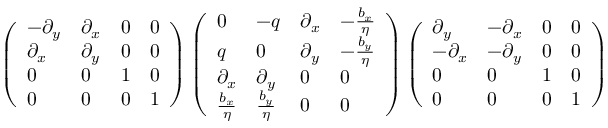
\left( \begin{array} { l l l l } { - \partial _ { y } } & { \partial _ { x } } & { 0 } & { 0 } \\ { \partial _ { x } } & { \partial _ { y } } & { 0 } & { 0 } \\ { 0 } & { 0 } & { 1 } & { 0 } \\ { 0 } & { 0 } & { 0 } & { 1 } \end{array} \right) \left( \begin{array} { l l l l } { 0 } & { - q } & { \partial _ { x } } & { - \frac { b _ { x } } { \eta } } \\ { q } & { 0 } & { \partial _ { y } } & { - \frac { b _ { y } } { \eta } } \\ { \partial _ { x } } & { \partial _ { y } } & { 0 } & { 0 } \\ { \frac { b _ { x } } { \eta } } & { \frac { b _ { y } } { \eta } } & { 0 } & { 0 } \end{array} \right) \left( \begin{array} { l l l l } { \partial _ { y } } & { - \partial _ { x } } & { 0 } & { 0 } \\ { - \partial _ { x } } & { - \partial _ { y } } & { 0 } & { 0 } \\ { 0 } & { 0 } & { 1 } & { 0 } \\ { 0 } & { 0 } & { 0 } & { 1 } \end{array} \right)